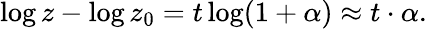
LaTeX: \begin{array}{r}{\log{z}-\log{z_{0}}=t\log(1+\alpha)\approx t\cdot\alpha.}\end{array}